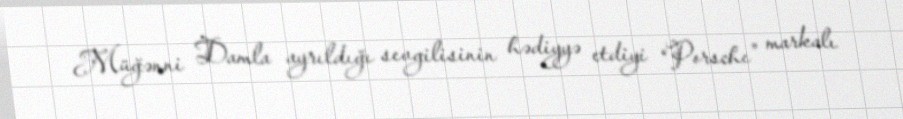
Müğənni Damla ayrıldığı sevgilisinin hədiyyə etdiyi “Porsche” markalı